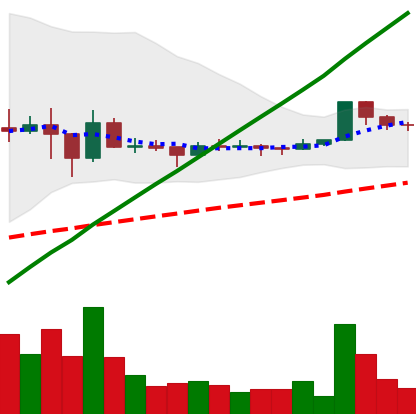
Ticker: DOGE-USD
Chart end date: 2021-03-11
Forward return: 4.809%
Label: up_3_5